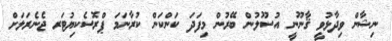
ނިޝާން ވިދާޅުވީ ޤާނޫނީ އުސޫލުން ބޭރުން މިފަދަ ކަންކަން ކުރާނަމަ ޕްރޮސެކިޔުޓަރ ޖެނެރަލަށް